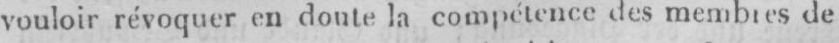
vouloir révoquer en doute la compétence des membres de